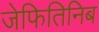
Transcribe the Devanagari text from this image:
जेफितिनिब